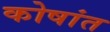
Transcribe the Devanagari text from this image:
कोषांत